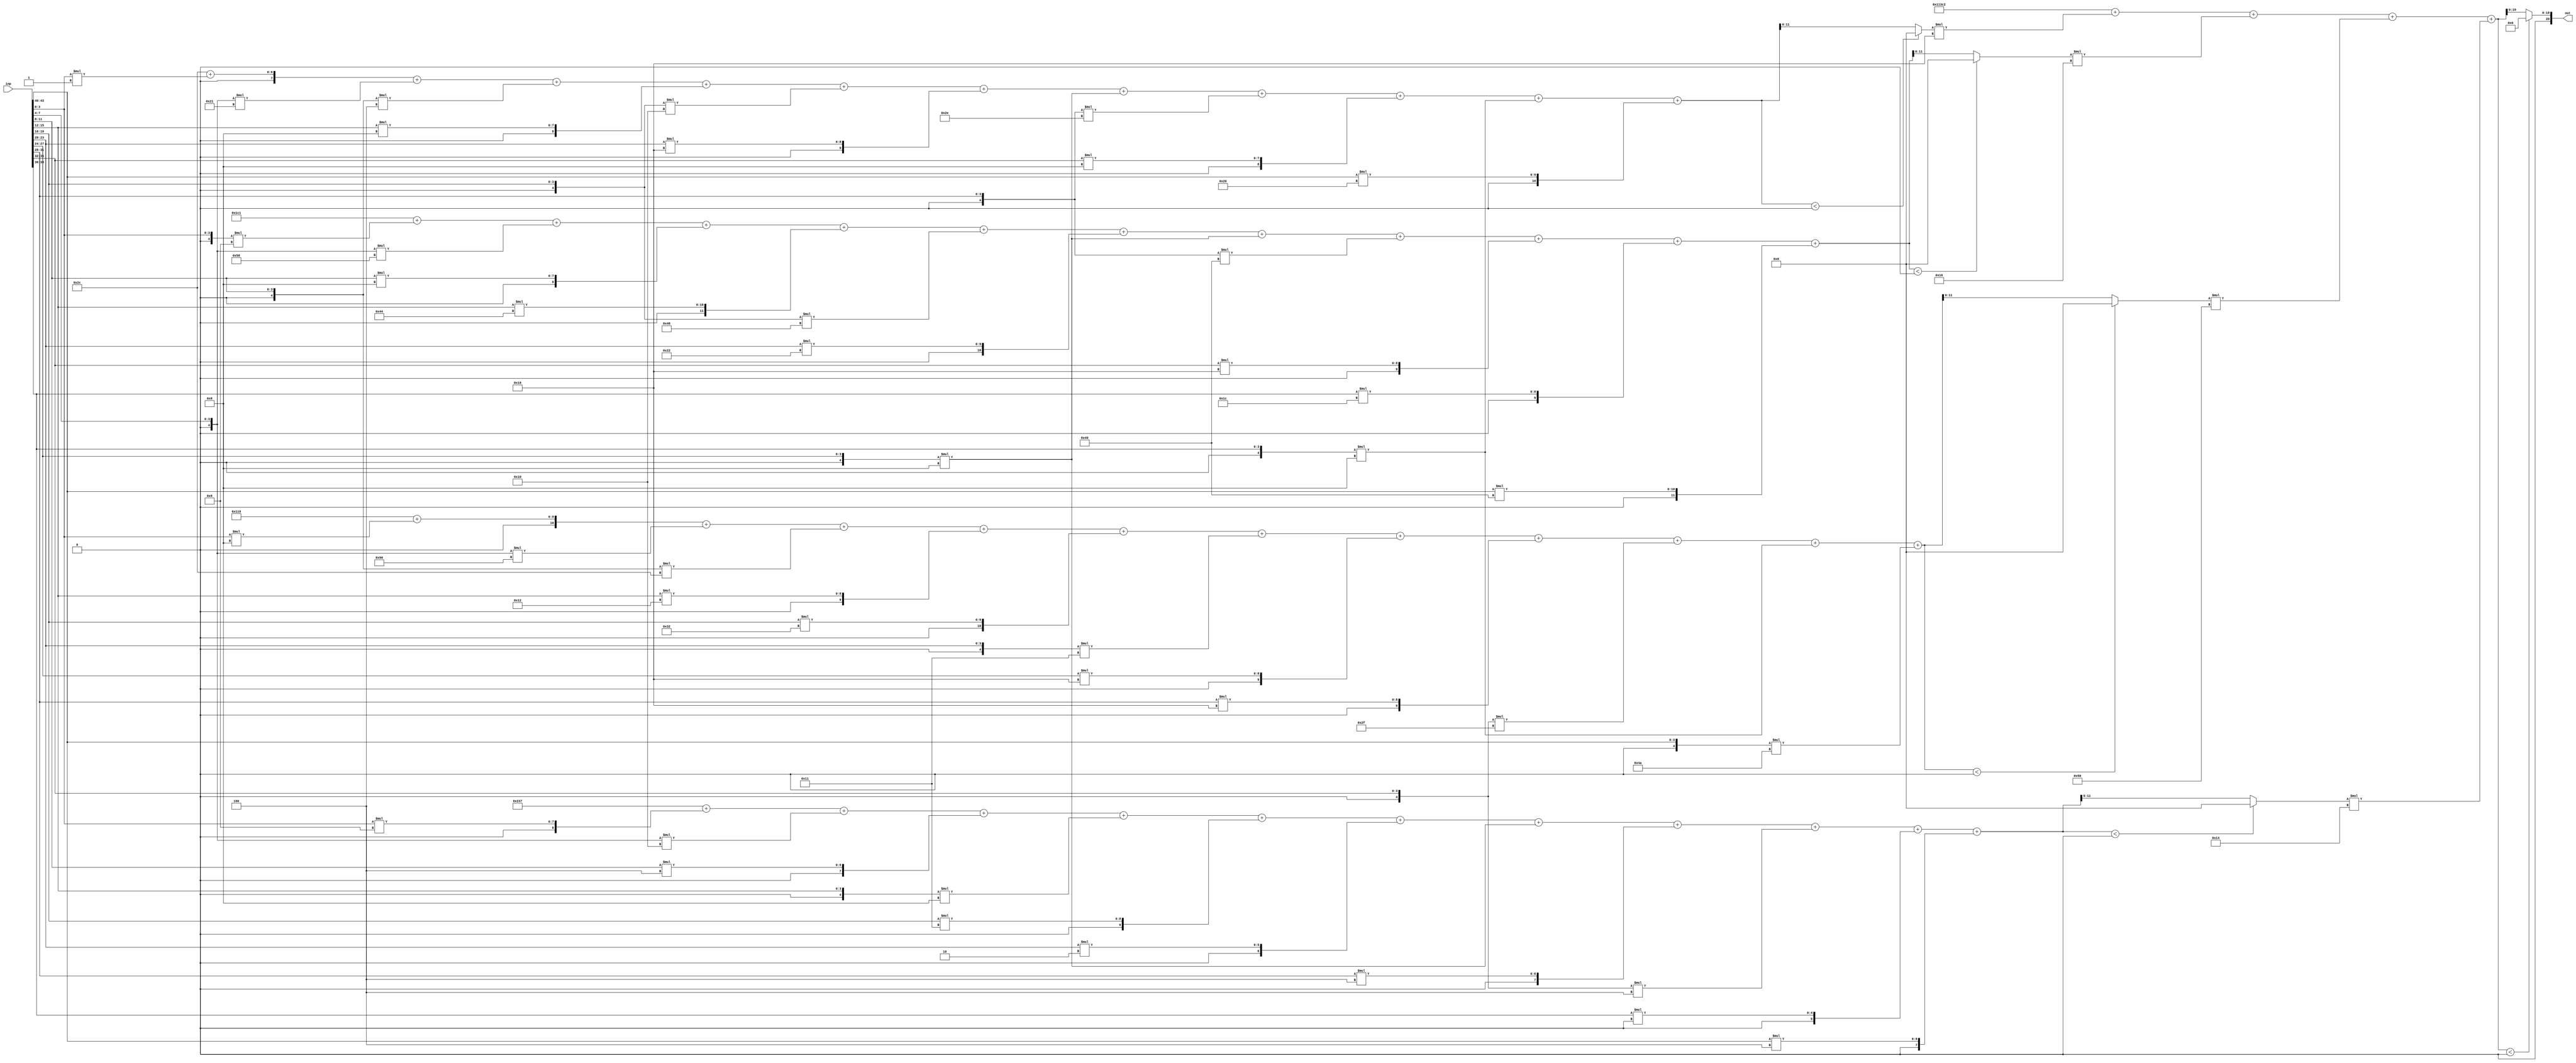
//weights: [[[1, -31, -4, 8, -16, 24, -8, -18, 8, -8, 32], [-7, -40, 8, 68, -56, 34, -8, -64, 24, 28, 64], [8, -112, -20, 18, 50, -15, 24, 24, -17, -8, -54], [9, -16, 4, -8, 17, 2, -8, 4, -4, 0, 4]], [[24, 22, 80, 20]]]
//intercepts: [[44, 449, 281, -457], [70594]]
//act size: [4, 12, 20]
//pred num: 1
module top (inp, out);
input [43:0] inp;
output [20:0] out;

// layer: 0 - neuron: 0
    wire signed [11:0] n_0_0_po_0;
    //weight 1: 8'sb00000001
    assign n_0_0_po_0 = $signed({1'b0, inp[3:0]}) * 8'sb00000001;

    wire signed [11:0] n_0_0_po_1;
    //weight -31: 8'sb11100001
    assign n_0_0_po_1 = $signed({1'b0, inp[7:4]}) * 8'sb11100001;

    wire signed [11:0] n_0_0_po_2;
    //weight -4: 8'sb11111100
    assign n_0_0_po_2 = $signed({1'b0, inp[11:8]}) * 8'sb11111100;

    wire signed [11:0] n_0_0_po_3;
    //weight 8: 8'sb00001000
    assign n_0_0_po_3 = $signed({1'b0, inp[15:12]}) * 8'sb00001000;

    wire signed [11:0] n_0_0_po_4;
    //weight -16: 8'sb11110000
    assign n_0_0_po_4 = $signed({1'b0, inp[19:16]}) * 8'sb11110000;

    wire signed [11:0] n_0_0_po_5;
    //weight 24: 8'sb00011000
    assign n_0_0_po_5 = $signed({1'b0, inp[23:20]}) * 8'sb00011000;

    wire signed [11:0] n_0_0_po_6;
    //weight -8: 8'sb11111000
    assign n_0_0_po_6 = $signed({1'b0, inp[27:24]}) * 8'sb11111000;

    wire signed [11:0] n_0_0_po_7;
    //weight -18: 8'sb11101110
    assign n_0_0_po_7 = $signed({1'b0, inp[31:28]}) * 8'sb11101110;

    wire signed [11:0] n_0_0_po_8;
    //weight 8: 8'sb00001000
    assign n_0_0_po_8 = $signed({1'b0, inp[35:32]}) * 8'sb00001000;

    wire signed [11:0] n_0_0_po_9;
    //weight -8: 8'sb11111000
    assign n_0_0_po_9 = $signed({1'b0, inp[39:36]}) * 8'sb11111000;

    wire signed [11:0] n_0_0_po_10;
    //weight 32: 8'sb00100000
    assign n_0_0_po_10 = $signed({1'b0, inp[43:40]}) * 8'sb00100000;

    wire signed [12:0] n_0_0_sum;
    assign n_0_0_sum = 44 + n_0_0_po_0 + n_0_0_po_1 + n_0_0_po_2 + n_0_0_po_3 + n_0_0_po_4 + n_0_0_po_5 + n_0_0_po_6 + n_0_0_po_7 + n_0_0_po_8 + n_0_0_po_9 + n_0_0_po_10;
    //relu
    wire [11:0] n_0_0;
    assign n_0_0 = (n_0_0_sum<0) ? $unsigned({12{1'b0}}) : $unsigned(n_0_0_sum[11:0]);

// layer: 0 - neuron: 1
    wire signed [11:0] n_0_1_po_0;
    //weight -7: 8'sb11111001
    assign n_0_1_po_0 = $signed({1'b0, inp[3:0]}) * 8'sb11111001;

    wire signed [11:0] n_0_1_po_1;
    //weight -40: 8'sb11011000
    assign n_0_1_po_1 = $signed({1'b0, inp[7:4]}) * 8'sb11011000;

    wire signed [11:0] n_0_1_po_2;
    //weight 8: 8'sb00001000
    assign n_0_1_po_2 = $signed({1'b0, inp[11:8]}) * 8'sb00001000;

    wire signed [11:0] n_0_1_po_3;
    //weight 68: 8'sb01000100
    assign n_0_1_po_3 = $signed({1'b0, inp[15:12]}) * 8'sb01000100;

    wire signed [11:0] n_0_1_po_4;
    //weight -56: 8'sb11001000
    assign n_0_1_po_4 = $signed({1'b0, inp[19:16]}) * 8'sb11001000;

    wire signed [11:0] n_0_1_po_5;
    //weight 34: 8'sb00100010
    assign n_0_1_po_5 = $signed({1'b0, inp[23:20]}) * 8'sb00100010;

    wire signed [11:0] n_0_1_po_6;
    //weight -8: 8'sb11111000
    assign n_0_1_po_6 = $signed({1'b0, inp[27:24]}) * 8'sb11111000;

    wire signed [11:0] n_0_1_po_7;
    //weight -64: 8'sb11000000
    assign n_0_1_po_7 = $signed({1'b0, inp[31:28]}) * 8'sb11000000;

    wire signed [11:0] n_0_1_po_8;
    //weight 24: 8'sb00011000
    assign n_0_1_po_8 = $signed({1'b0, inp[35:32]}) * 8'sb00011000;

    wire signed [11:0] n_0_1_po_9;
    //weight 28: 8'sb00011100
    assign n_0_1_po_9 = $signed({1'b0, inp[39:36]}) * 8'sb00011100;

    wire signed [11:0] n_0_1_po_10;
    //weight 64: 8'sb01000000
    assign n_0_1_po_10 = $signed({1'b0, inp[43:40]}) * 8'sb01000000;

    wire signed [12:0] n_0_1_sum;
    assign n_0_1_sum = 449 + n_0_1_po_0 + n_0_1_po_1 + n_0_1_po_2 + n_0_1_po_3 + n_0_1_po_4 + n_0_1_po_5 + n_0_1_po_6 + n_0_1_po_7 + n_0_1_po_8 + n_0_1_po_9 + n_0_1_po_10;
    //relu
    wire [11:0] n_0_1;
    assign n_0_1 = (n_0_1_sum<0) ? $unsigned({12{1'b0}}) : $unsigned(n_0_1_sum[11:0]);

// layer: 0 - neuron: 2
    wire signed [11:0] n_0_2_po_0;
    //weight 8: 8'sb00001000
    assign n_0_2_po_0 = $signed({1'b0, inp[3:0]}) * 8'sb00001000;

    wire signed [11:0] n_0_2_po_1;
    //weight -112: 8'sb10010000
    assign n_0_2_po_1 = $signed({1'b0, inp[7:4]}) * 8'sb10010000;

    wire signed [11:0] n_0_2_po_2;
    //weight -20: 8'sb11101100
    assign n_0_2_po_2 = $signed({1'b0, inp[11:8]}) * 8'sb11101100;

    wire signed [11:0] n_0_2_po_3;
    //weight 18: 8'sb00010010
    assign n_0_2_po_3 = $signed({1'b0, inp[15:12]}) * 8'sb00010010;

    wire signed [11:0] n_0_2_po_4;
    //weight 50: 8'sb00110010
    assign n_0_2_po_4 = $signed({1'b0, inp[19:16]}) * 8'sb00110010;

    wire signed [11:0] n_0_2_po_5;
    //weight -15: 8'sb11110001
    assign n_0_2_po_5 = $signed({1'b0, inp[23:20]}) * 8'sb11110001;

    wire signed [11:0] n_0_2_po_6;
    //weight 24: 8'sb00011000
    assign n_0_2_po_6 = $signed({1'b0, inp[27:24]}) * 8'sb00011000;

    wire signed [11:0] n_0_2_po_7;
    //weight 24: 8'sb00011000
    assign n_0_2_po_7 = $signed({1'b0, inp[31:28]}) * 8'sb00011000;

    wire signed [11:0] n_0_2_po_8;
    //weight -17: 8'sb11101111
    assign n_0_2_po_8 = $signed({1'b0, inp[35:32]}) * 8'sb11101111;

    wire signed [11:0] n_0_2_po_9;
    //weight -8: 8'sb11111000
    assign n_0_2_po_9 = $signed({1'b0, inp[39:36]}) * 8'sb11111000;

    wire signed [11:0] n_0_2_po_10;
    //weight -54: 8'sb11001010
    assign n_0_2_po_10 = $signed({1'b0, inp[43:40]}) * 8'sb11001010;

    wire signed [12:0] n_0_2_sum;
    assign n_0_2_sum = 281 + n_0_2_po_0 + n_0_2_po_1 + n_0_2_po_2 + n_0_2_po_3 + n_0_2_po_4 + n_0_2_po_5 + n_0_2_po_6 + n_0_2_po_7 + n_0_2_po_8 + n_0_2_po_9 + n_0_2_po_10;
    //relu
    wire [11:0] n_0_2;
    assign n_0_2 = (n_0_2_sum<0) ? $unsigned({12{1'b0}}) : $unsigned(n_0_2_sum[11:0]);

// layer: 0 - neuron: 3
    wire signed [11:0] n_0_3_po_0;
    //weight 9: 8'sb00001001
    assign n_0_3_po_0 = $signed({1'b0, inp[3:0]}) * 8'sb00001001;

    wire signed [11:0] n_0_3_po_1;
    //weight -16: 8'sb11110000
    assign n_0_3_po_1 = $signed({1'b0, inp[7:4]}) * 8'sb11110000;

    wire signed [11:0] n_0_3_po_2;
    //weight 4: 8'sb00000100
    assign n_0_3_po_2 = $signed({1'b0, inp[11:8]}) * 8'sb00000100;

    wire signed [11:0] n_0_3_po_3;
    //weight -8: 8'sb11111000
    assign n_0_3_po_3 = $signed({1'b0, inp[15:12]}) * 8'sb11111000;

    wire signed [11:0] n_0_3_po_4;
    //weight 17: 8'sb00010001
    assign n_0_3_po_4 = $signed({1'b0, inp[19:16]}) * 8'sb00010001;

    wire signed [11:0] n_0_3_po_5;
    //weight 2: 8'sb00000010
    assign n_0_3_po_5 = $signed({1'b0, inp[23:20]}) * 8'sb00000010;

    wire signed [11:0] n_0_3_po_6;
    //weight -8: 8'sb11111000
    assign n_0_3_po_6 = $signed({1'b0, inp[27:24]}) * 8'sb11111000;

    wire signed [11:0] n_0_3_po_7;
    //weight 4: 8'sb00000100
    assign n_0_3_po_7 = $signed({1'b0, inp[31:28]}) * 8'sb00000100;

    wire signed [11:0] n_0_3_po_8;
    //weight -4: 8'sb11111100
    assign n_0_3_po_8 = $signed({1'b0, inp[35:32]}) * 8'sb11111100;

    wire signed [11:0] n_0_3_po_9;
    //weight 0: 8'sb00000000
    assign n_0_3_po_9 = $signed({1'b0, inp[39:36]}) * 8'sb00000000;

    wire signed [11:0] n_0_3_po_10;
    //weight 4: 8'sb00000100
    assign n_0_3_po_10 = $signed({1'b0, inp[43:40]}) * 8'sb00000100;

    wire signed [12:0] n_0_3_sum;
    assign n_0_3_sum = -457 + n_0_3_po_0 + n_0_3_po_1 + n_0_3_po_2 + n_0_3_po_3 + n_0_3_po_4 + n_0_3_po_5 + n_0_3_po_6 + n_0_3_po_7 + n_0_3_po_8 + n_0_3_po_9 + n_0_3_po_10;
    //relu
    wire [11:0] n_0_3;
    assign n_0_3 = (n_0_3_sum<0) ? $unsigned({12{1'b0}}) : $unsigned(n_0_3_sum[11:0]);

// layer: 1 - neuron: 0
    wire signed [19:0] n_1_0_po_0;
    //weight 24: 8'sb00011000
    assign n_1_0_po_0 = $signed({1'b0, n_0_0}) * 8'sb00011000;

    wire signed [19:0] n_1_0_po_1;
    //weight 22: 8'sb00010110
    assign n_1_0_po_1 = $signed({1'b0, n_0_1}) * 8'sb00010110;

    wire signed [19:0] n_1_0_po_2;
    //weight 80: 8'sb01010000
    assign n_1_0_po_2 = $signed({1'b0, n_0_2}) * 8'sb01010000;

    wire signed [19:0] n_1_0_po_3;
    //weight 20: 8'sb00010100
    assign n_1_0_po_3 = $signed({1'b0, n_0_3}) * 8'sb00010100;

    wire signed [20:0] n_1_0_sum;
    assign n_1_0_sum = 70594 + n_1_0_po_0 + n_1_0_po_1 + n_1_0_po_2 + n_1_0_po_3;
    //relu
    wire [19:0] n_1_0;
    assign n_1_0 = (n_1_0_sum<0) ? $unsigned({20{1'b0}}) : $unsigned(n_1_0_sum[19:0]);

    assign out = {n_1_0};

endmodule